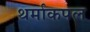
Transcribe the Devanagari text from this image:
थर्माकपल